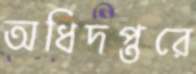
অধিদপ্তরে